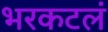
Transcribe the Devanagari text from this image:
भरकटलं